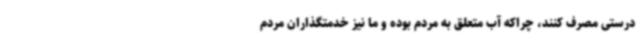
درستی مصرف کنند، چراکه آب متعلق به مردم بوده و ما نیز خدمتگذاران مردم